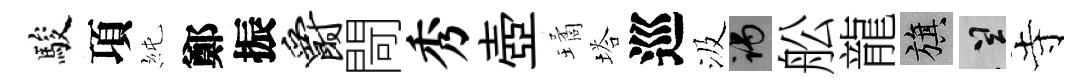
駿項純鄭振爵閜秀壺璚塔巡汲谒舩龍旗誠寺